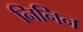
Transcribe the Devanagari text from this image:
निनिन